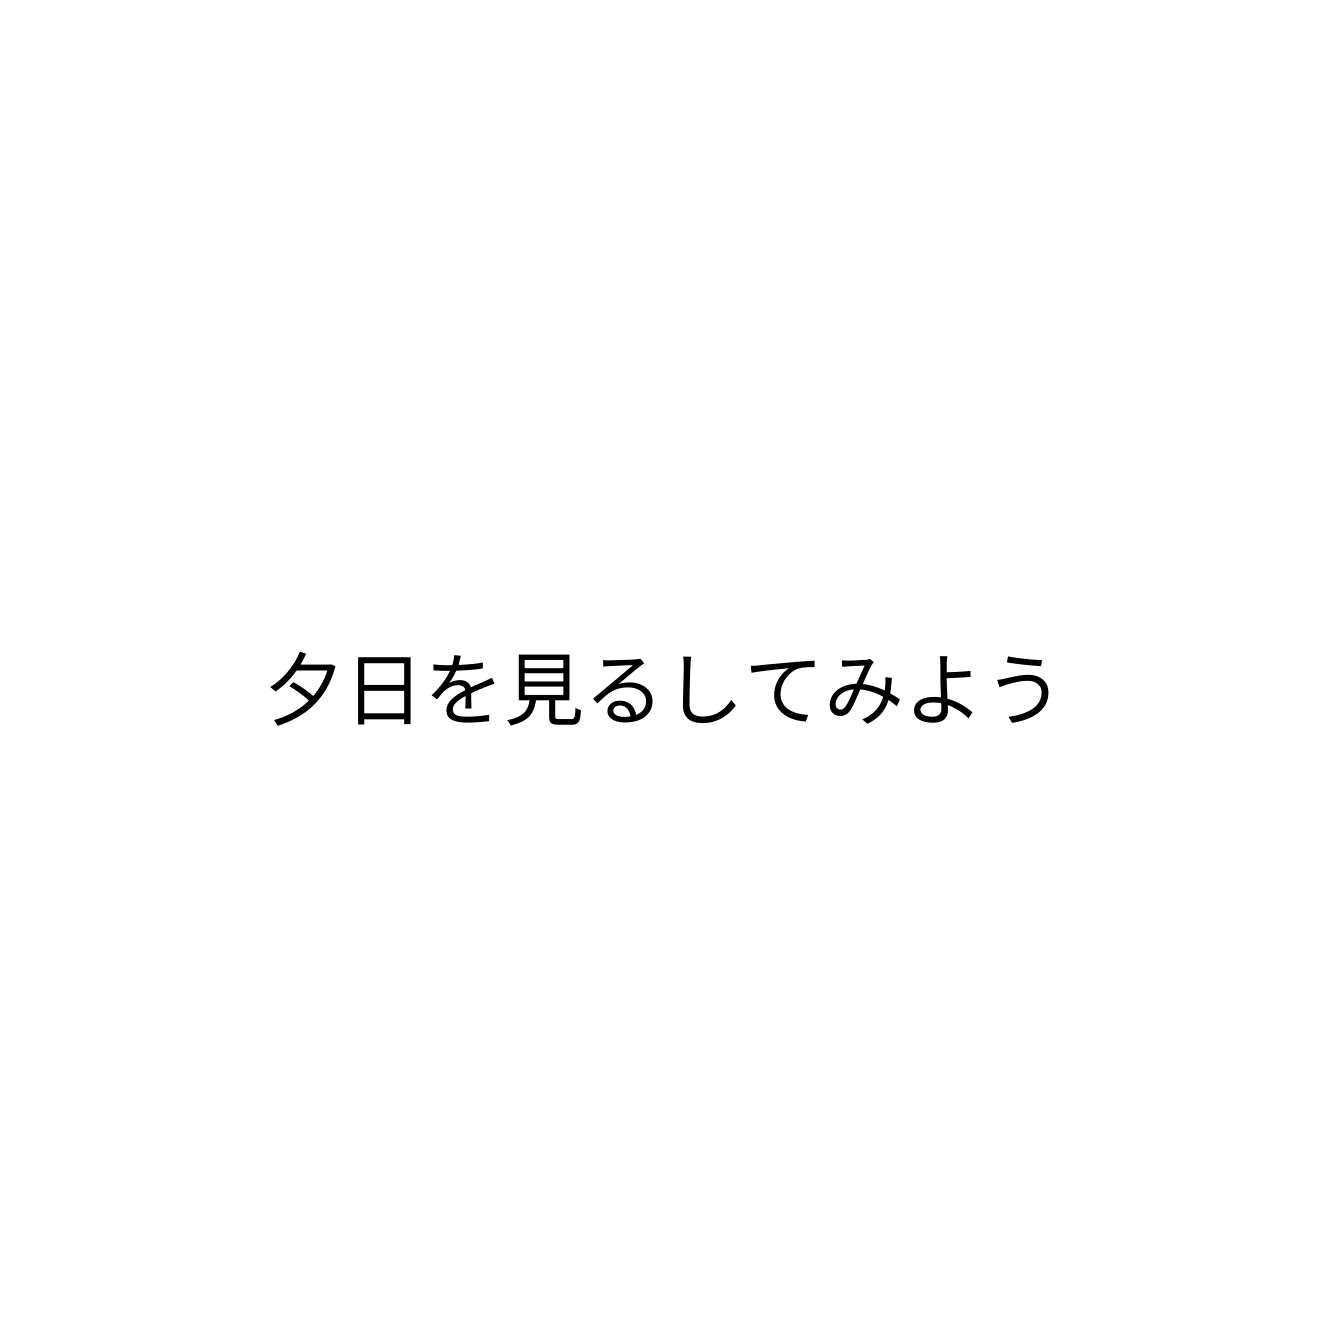
夕日を見るしてみよう